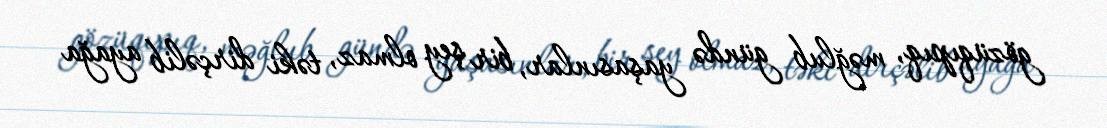
gözüqıpıq, məğlub gündə yaşasınlar, bir şey olmaz, təki dirçəlib ayağa